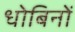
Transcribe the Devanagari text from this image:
धोबिनों